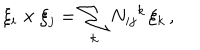
LaTeX: \xi _ { i } \times \xi _ { j } = \sum _ { k } N _ { i j } { } ^ { k } \, \xi _ { k } \, ,